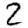
Digit: 2